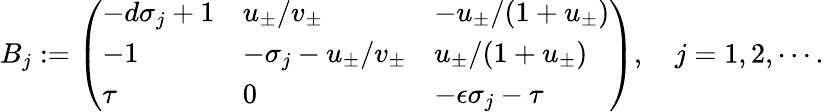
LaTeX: \begin{array}{r}{B_{j}:=\left(\begin{array}{lll}{-d\sigma_{j}+1}&{u_{\pm}/v_{\pm}}&{-u_{\pm}/(1+u_{\pm})}\\ {-1}&{-\sigma_{j}-u_{\pm}/v_{\pm}}&{u_{\pm}/(1+u_{\pm})}\\ {\tau}&{0}&{-{\epsilon}\sigma_{j}-\tau}\end{array}\right),\quad j=1,2,\cdots.}\end{array}